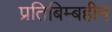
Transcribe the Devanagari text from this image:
प्रतिबिम्बहीन